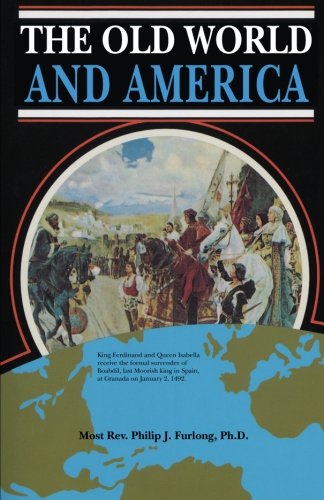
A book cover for The Old World and America; Most Rev. Philip J. Furlong; Children's Books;